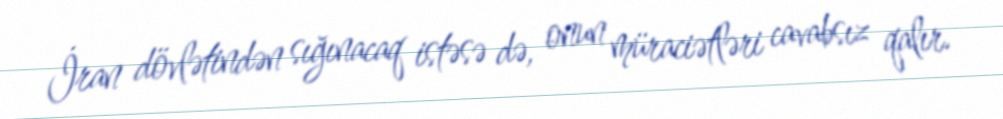
İran dövlətindən sığınacaq istəsə də, onun müraciətləri cavabsız qalır.